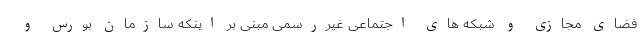
فضای مجازی و شبکه های اجتماعی غیررسمی مبنی بر اینکه سازمان بورس و